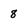
Character: 8